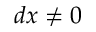
d x \neq 0